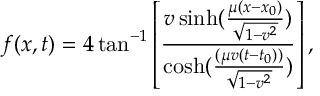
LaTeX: f ( x , t ) = 4 \tan ^ { - 1 } \left[ \frac { v \sinh ( \frac { \mu ( x - x _ { 0 } ) } { \sqrt { 1 - v ^ { 2 } } } ) } { \cosh ( \frac { ( \mu v ( t - t _ { 0 } ) ) } { \sqrt { 1 - v ^ { 2 } } } ) } \right] ,